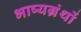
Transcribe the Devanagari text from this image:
भाष्यग्रंथों